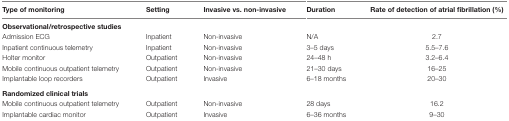
<table><thead><tr><td><b>Type of monitoring</b></td><td><b>Setting</b></td><td><b>Invasive vs. non-invasive</b></td><td><b>Duration</b></td><td><b>Rate of detection of atrial fibrillation (%)</b></td></tr></thead><tbody><tr><td colspan="5"><b>Observational/retrospective studies</b></td></tr><tr><td>Admission ECG</td><td>Inpatient</td><td>Non-invasive</td><td>N/A</td><td>2.7</td></tr><tr><td>Inpatient continuous telemetry</td><td>Inpatient</td><td>Non-invasive</td><td>3–5 days</td><td>5.5–7.6</td></tr><tr><td>Holter monitor</td><td>Outpatient</td><td>Non-invasive</td><td>24–48 h</td><td>3.2–6.4</td></tr><tr><td>Mobile continuous outpatient telemetry</td><td>Outpatient</td><td>Non-invasive</td><td>21–30 days</td><td>16–25</td></tr><tr><td>Implantable loop recorders</td><td>Outpatient</td><td>Invasive</td><td>6–18 months</td><td>20–30</td></tr><tr><td colspan="5"><b>Randomized clinical trials</b></td></tr><tr><td>Mobile continuous outpatient telemetry</td><td>Outpatient</td><td>Non-invasive</td><td>28 days</td><td>16.2</td></tr><tr><td>Implantable cardiac monitor</td><td>Outpatient</td><td>Invasive</td><td>6–36 months</td><td>9–30</td></tr></tbody></table>